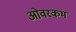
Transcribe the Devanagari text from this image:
ओवरकम